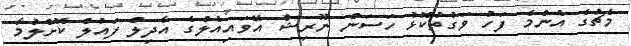
މެޗުގެ އެންމެ ފަހު ވަގުތުކޮޅު ހަސަން ނޫރިޝް އޭވައިއެލްގެ އާދިލް ފައުލް ކޮށްލުމާ